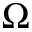
\Omega